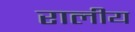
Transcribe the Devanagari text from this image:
रालीय